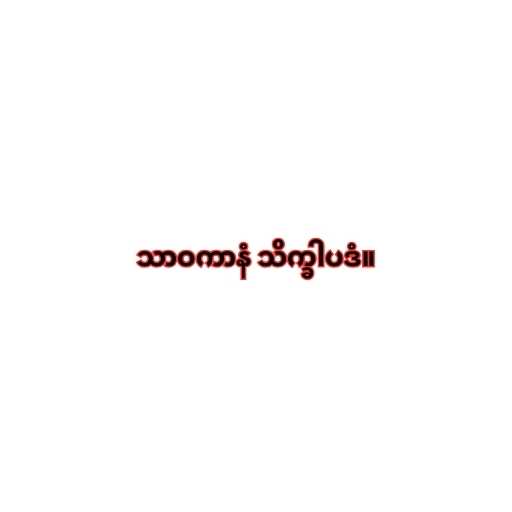
သာဝကာနံ သိက္ခါပဒံ။